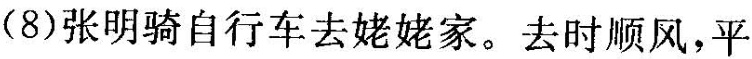
(8)张明骑自行车去姥姥家。去时顺风，平